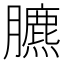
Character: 臕